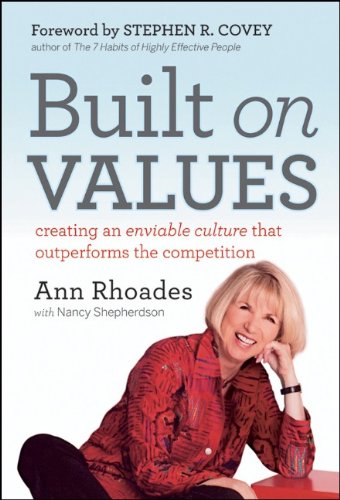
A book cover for Built on Values: Creating an Enviable Culture that Outperforms the Competition; Ann Rhoades; Business & Money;